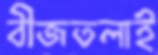
বীজতলাই